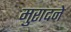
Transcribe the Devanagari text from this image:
मुरादने